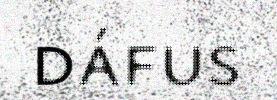
dáfus